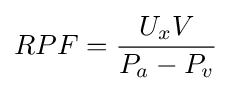
RPF={\frac {U_{x}V}{P_{a}-P_{v}}}